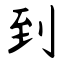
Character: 到